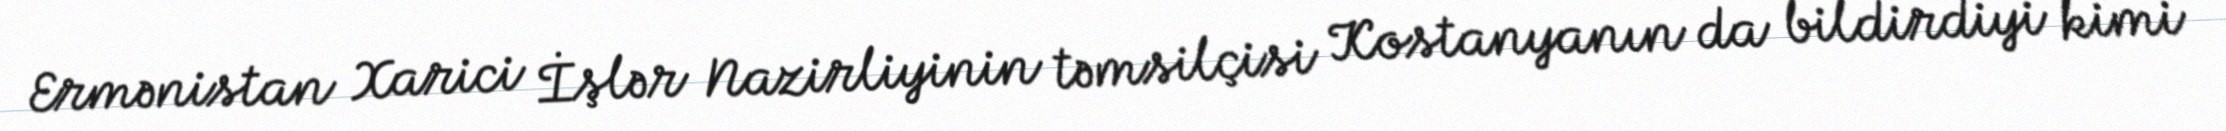
Ermənistan Xarici İşlər Nazirliyinin təmsilçisi Kostanyanın da bildirdiyi kimi